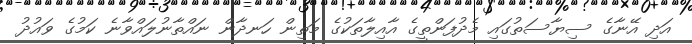
އަދި އޭނާގެ ސިޔާސަތުގައި މެދުފަންތީގެ އާއިލާތަކުގެ މަތިން ހަނދާން ނައްތާނުލައްވާނެ ކަމުގެ ވައުދު